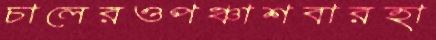
চালেরওপঞ্চাশবারহা